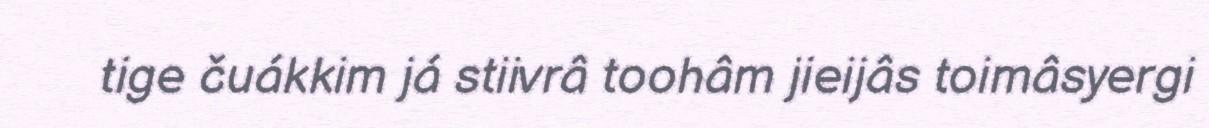
tige čuákkim já stiivrâ toohâm jieijâs toimâsyergi